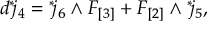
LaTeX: d { } ^ { * } \! j _ { 4 } = { } ^ { * } \! j _ { 6 } \wedge F _ { [ 3 ] } + F _ { [ 2 ] } \wedge { } ^ { * } \! j _ { 5 } ,